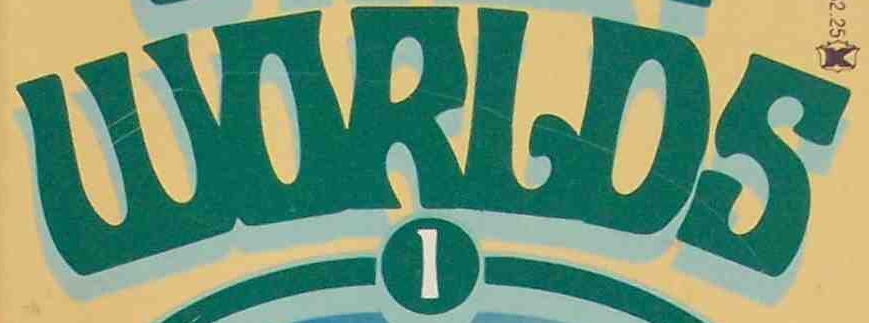
WORLDS